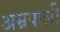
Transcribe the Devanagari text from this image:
अम्रपाली